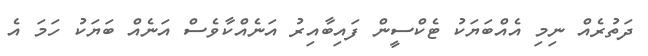
ދަތުރެއް ނިމި އެއްބަޔަކު ޓެކްސީން ފައިބާއިރު އަނެއްކާވެސް އަނެއް ބަޔަކު ހަމަ އެ